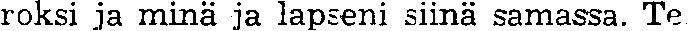
roksi ja minä ja lapseni siinä samassa. Te